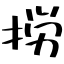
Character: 𢭐